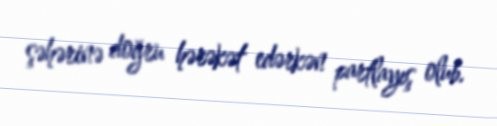
şəhərinə doğru hərəkət edərkən partlayış olub.